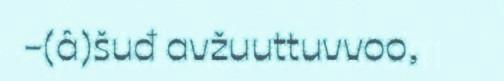
-(â)šuđ avžuuttuvvoo,